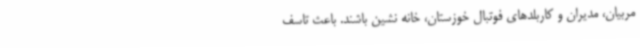
مربیان، مدیران و کاربلدهای فوتبال خوزستان، خانه نشین باشند. باعث تاسف